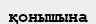
қонышына